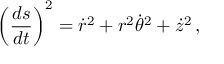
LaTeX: \left( { \frac { d s } { d t } } \right) ^ { 2 } = { \dot { r } } ^ { 2 } + r ^ { 2 } { \dot { \theta } } ^ { 2 } + { \dot { z } } ^ { 2 } \, ,